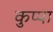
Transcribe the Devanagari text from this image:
कुप्‍पा